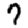
Digit: 7